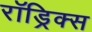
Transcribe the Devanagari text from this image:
रॉड्रिक्स